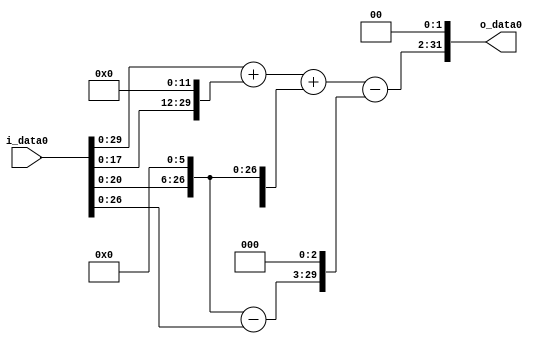
module multiplier_block (
    i_data0,
    o_data0
);

  // Port mode declarations:
  input   [31:0] i_data0;
  output  [31:0]
    o_data0;

  //Multipliers:

  wire [31:0]
    w1,
    w64,
    w63,
    w4096,
    w4097,
    w4161,
    w504,
    w3657,
    w14628;

  assign w1 = i_data0;
  assign w14628 = w3657 << 2;
  assign w3657 = w4161 - w504;
  assign w4096 = w1 << 12;
  assign w4097 = w1 + w4096;
  assign w4161 = w4097 + w64;
  assign w504 = w63 << 3;
  assign w63 = w64 - w1;
  assign w64 = w1 << 6;

  assign o_data0 = w14628;

  //multiplier_block area estimate = 6446.56316796471;
endmodule